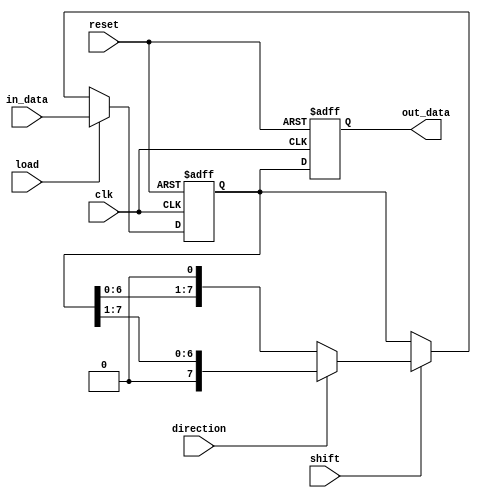
module LogarithmicShiftRegister #(
    parameter WIDTH = 8 // Configure the width (8-bit, 16-bit, 32-bit)
)(
    input wire clk,
    input wire reset,
    input wire load,           // Control signal to load data
    input wire shift,          // Control signal to perform shift operation
    input wire direction,      // Direction for shifting: 0 for left, 1 for right
    input wire [WIDTH-1:0] in_data, // Data input for loading
    output reg [WIDTH-1:0] out_data // Data output
);

// Internal register to hold current data
reg [WIDTH-1:0] reg_data;

// Function to determine the number of bits to shift based on input value
function [WIDTH-1:0] logarithmic_shift;
    input [WIDTH-1:0] val;
    begin
        // Example: Using logarithm base 2 for shift calculation
        // This is a simple example, actual implementation may vary
        if (val > 0) 
            logarithmic_shift = val >> $clog2(val); // Logarithmic shift implementation
        else 
            logarithmic_shift = 0;
    end
endfunction

// Sequential logic for register operations
always @(posedge clk or posedge reset) begin
    if (reset) begin
        reg_data <= 0; // Reset the register
        out_data <= 0; // Clear output
    end else begin
        if (load) begin
            reg_data <= in_data; // Load data into register
        end else if (shift) begin
            if (direction == 0) begin
                reg_data <= reg_data << 1; // Shift left
            end else begin
                reg_data <= reg_data >> 1; // Shift right
            end
        end
        out_data <= reg_data; // Update output data
    end
end

endmodule